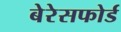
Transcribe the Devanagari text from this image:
बेरेसफोर्ड